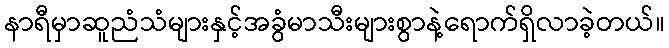
နာရီမှာဆူညံသံများနှင့်အခွံမာသီးများစွာနဲ့ရောက်ရှိလာခဲ့တယ်။